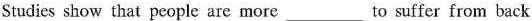
Studies show that people are more___to suffer from back